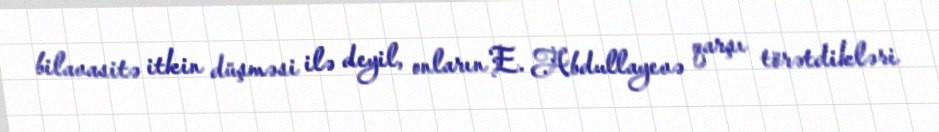
bilavasitə itkin düşməsi ilə deyil, onların E. Abdullayevə qarşı törətdikləri